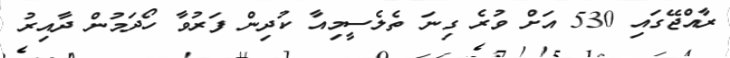
ރާއްޖޭގައި 530 އަށް ވުރެ ގިނަ ތެލެސީމިއާ ކުދިން ފަރުވާ ހޯދަމުން ދާއިރު